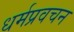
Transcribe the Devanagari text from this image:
धर्मप्रवचन